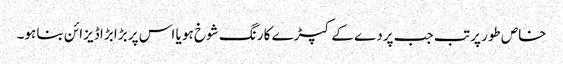
خاص طور پر تب جب پردے کے کپڑے کا رنگ شوخ ہو یا اس پر بڑا بڑا ڈیزائن بنا ہو۔